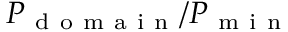
P _ { \mathrm { ~ d ~ o ~ m ~ a ~ i ~ n ~ } } / P _ { \mathrm { ~ m ~ i ~ n ~ } }